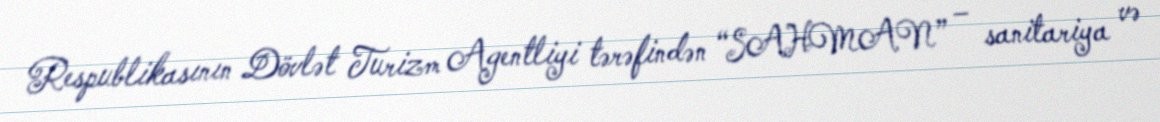
Respublikasının Dövlət Turizm Agentliyi tərəfindən “SAHMAN” – sanitariya və